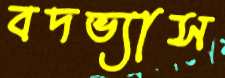
বদভ্যাস